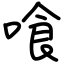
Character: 喰